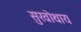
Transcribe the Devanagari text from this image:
सुखोथाय